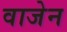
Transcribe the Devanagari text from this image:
वाजेन